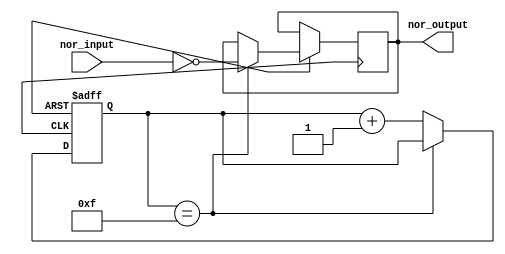
module nor_gate_delay(
    input wire nor_input,
    output reg nor_output
);

reg [3:0] delay_counter; //adjust the delay based on requirements

always @(posedge clk or negedge rst) begin
    if(!rst)
        delay_counter <= 4'b0000;
    else if(delay_counter == 4'b1111)
        nor_output <= ~(nor_input);
    else
        delay_counter <= delay_counter + 1;
end

endmodule